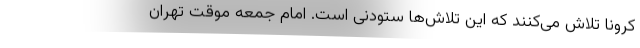
کرونا تلاش می‌کنند که این تلاش‌ها ستودنی است. امام جمعه موقت تهران